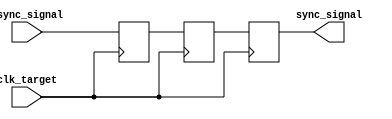
module SignalLevelCrossingSynchronizer (
    input wire clk_target,          // Target clock domain (Receiver Clock)
    input wire async_signal,        // Asynchronous input signal from the source clock domain
    output reg sync_signal          // Synchronized output signal in the target clock domain
);

// Internal signals for the dual flip-flops
reg ff1;  // Output of the first flip-flop (FF1)
reg ff2;  // Output of the second flip-flop (FF2)

// Dual Flip-Flop Synchronizer
always @(posedge clk_target) begin
    ff1 <= async_signal;  // Capture the asynchronous signal in FF1
    ff2 <= ff1;           // Capture the output of FF1 in FF2
end

// The final synchronized output signal
always @(posedge clk_target) begin
    sync_signal <= ff2;   // Output the value of FF2
end

endmodule